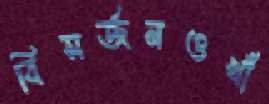
বিসর্জনওখাঁ